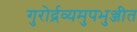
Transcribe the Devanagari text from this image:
गुरोर्द्रव्यमुपभुञ्जीत